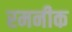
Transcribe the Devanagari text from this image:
रमनीक